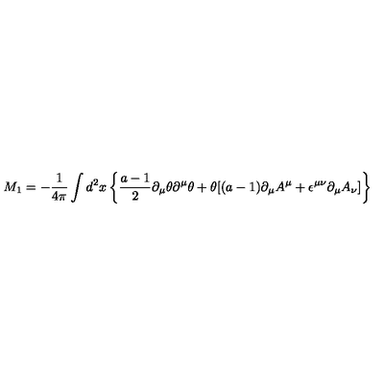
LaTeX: M _ { 1 } = - { \frac { 1 } { 4 \pi } } \int d ^ { 2 } x \left\{ { \frac { a - 1 } { 2 } } \partial _ { \mu } \theta \partial ^ { \mu } \theta + \theta [ ( a - 1 ) \partial _ { \mu } A ^ { \mu } + \epsilon ^ { \mu \nu } \partial _ { \mu } A _ { \nu } ] \right\}